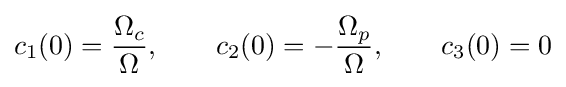
c_{1}(0)={\frac {\Omega _{c}}{\Omega }},\qquad c_{2}(0)=-{\frac {\Omega _{p}}{\Omega }},\qquad c_{3}(0)=0